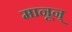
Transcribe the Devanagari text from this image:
मानून्